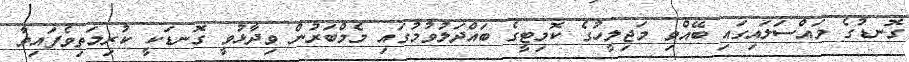
ގޮނޑުގެ މައްސަލައިގައި ބޭއްވި މަޖިލީހުގެ ކޮމިޓީގެ ބައްދަލުވުމުގައި މެމްބަރުން ވިދާޅުވީ ގޮނޑަކީ ކުރިމަތިވެފައިވާ